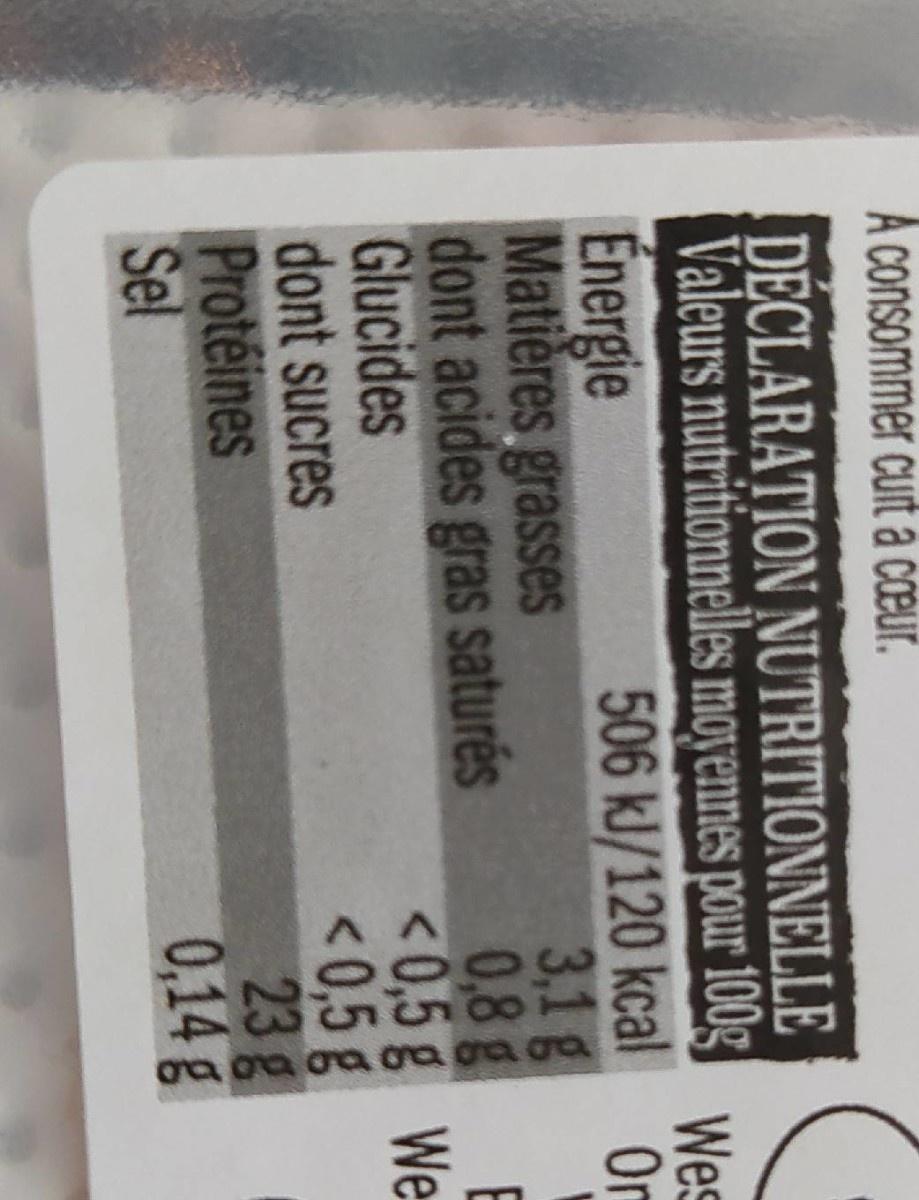
A consommer cuit a cœur.
DECLARATION NUTRITIONNELLE Valeurs nutritionnelles moyennes pour 100g wes 506 kl/120 kcal Or 3,1g E
Énergie Matières grasses dont acides gras saturés Glucides dont sucres Protéines Sel
0,8g <0,5g Wes <0,5 g 23g 0,14g